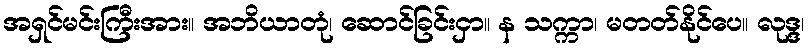
အရှင်မင်းကြီးအား။ အဘိယာတုံ၊ ဆောင်ခြင်းငှာ။ န သက္ကာ၊ မတတ်နိုင်ပေ။ လုဒ္ဒ၊